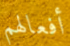
أفعالهم